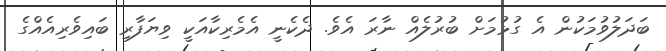
ބަދަލުވުމަކުން އެ ގުޅުމަށް ބުރުލެއް ނާރަ އެވެ. ދެކެނީ އެމެރިކާއަކީ ވިޔަފާރި ބައިވެެރިއެއްގެ